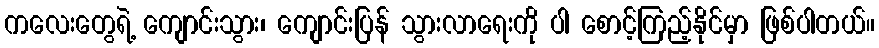
ကလေးတွေရဲ့ ကျောင်းသွား၊ ကျောင်းပြန် သွားလာရေးကို ပါ စောင့်ကြည့်နိုင်မှာ ဖြစ်ပါတယ်။